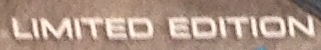
LIMITED EDITION